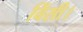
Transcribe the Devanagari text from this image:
विंसी।